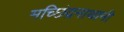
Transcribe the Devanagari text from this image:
मच्छिंद्रनाथानी